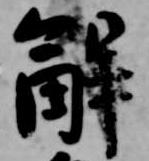
解